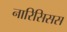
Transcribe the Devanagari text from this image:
नारिसिसस